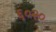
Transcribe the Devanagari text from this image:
६०२०